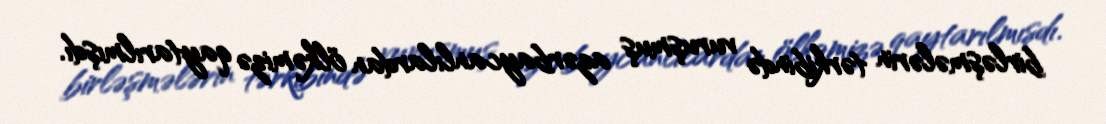
birləşmələrin tərkibində vuruşmuş azərbaycanlılardan ölkəmizə qaytarılmışdı.